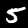
Digit: 5